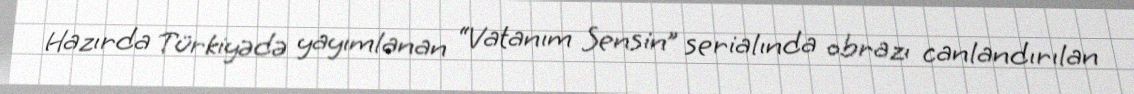
Hazırda Türkiyədə yayımlanan “Vatanım Sensin” serialında obrazı canlandırılan